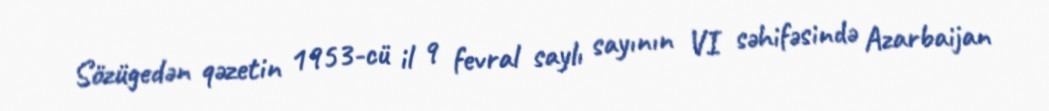
Sözügedən qəzetin 1953-cü il 9 fevral saylı sayının VI səhifəsində Azarbaijan